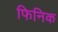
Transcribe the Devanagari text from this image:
फिनिक